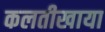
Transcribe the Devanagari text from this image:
कलतीखाया